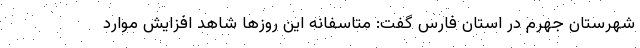
شهرستان جهرم در استان فارس گفت: متاسفانه این روزها شاهد افزایش موارد